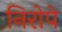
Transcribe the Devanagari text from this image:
निरोपे